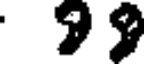
99